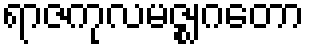
ရာဇကုလမဇ္ဈဂတော